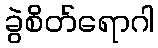
ခွဲစိတ်ရောဂါ